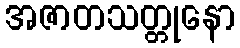
အဇာတသတ္တုနော